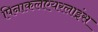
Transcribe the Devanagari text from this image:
पिनाकलएयरलाइंस